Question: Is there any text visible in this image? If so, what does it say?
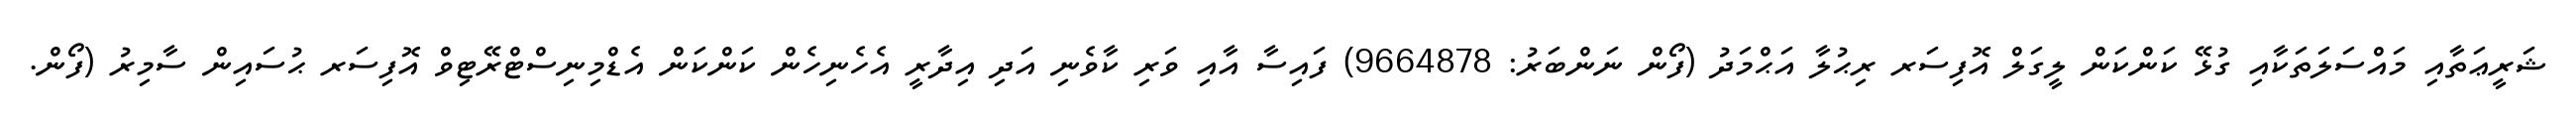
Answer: ޝަރީޢަތާއި މައްސަލަތަކާއި ގުޅޭ ކަންކަން ލީގަލް އޮފިސަރ ރިޙުލާ އަޙްމަދު (ފޯން ނަންބަރު: 9664878) ފައިސާ އާއި ވަރި ކާވެނި އަދި އިދާރީ އެހެނިހެން ކަންކަން އެޑްމިނިސްޓްރޭޓިވް އޮފިސަރ ޙުސައިން ސާމިރު (ފޯން.